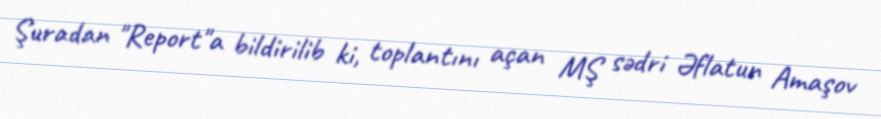
Şuradan "Report"a bildirilib ki, toplantını açan MŞ sədri Əflatun Amaşov